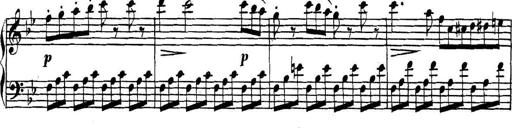
Title: Collected Piano Sonatas
Composer: Muzio Clementi